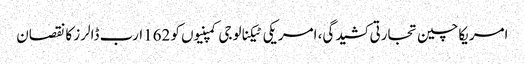
امریکاچین تجارتی کشیدگی، امریکی ٹیکنالوجی کمپنیوں کو 162ارب ڈالرز کا نقصان